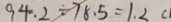
9 4 . 2 \div 7 8 . 5 = 1 . 2 c